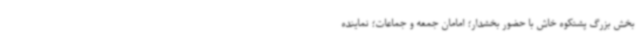
بخش بزرگ پشتکوه خاش با حضور بخشدار؛ امامان جمعه و جماعات؛ نماینده